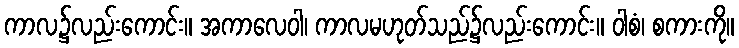
ကာလ၌လည်းကောင်း။ အကာလေဝါ၊ ကာလမဟုတ်သည်၌လည်းကောင်း။ ဝါစံ၊ စကားကို။